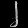
Digit: ၂